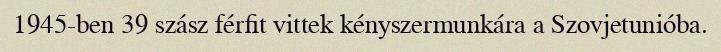
1945-ben 39 szász férfit vittek kényszermunkára a Szovjetunióba.